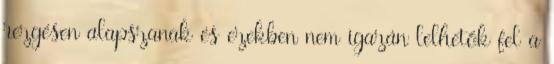
rezgésen alapszanak és ezekben nem igazán lelhetők fel a